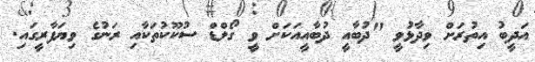
އަދީބު އިތުރަށް ވިދާޅުވީ "ދުބާއީ ދުބާއީއަކަށް ވީ ގޯލްޑް ސުކޫކުތަކާއި ރަނުގެ ވިޔަފާރީގައި.